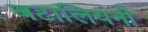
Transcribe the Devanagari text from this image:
बटालियनी